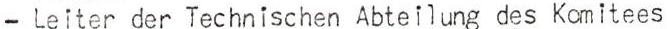
- Leiter der Technischen Abteilung des Komitees